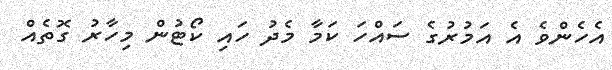
އެހެންވެ އެ އަމުރުގެ ސައްހަ ކަމާ މެދު ހައި ކޯޓުން މިހާރު ގޮތެއް